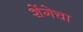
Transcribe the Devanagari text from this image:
शेंगेचा